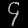
Digit: ၄